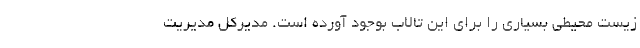
زیست محیطی بسیاری را برای این تالاب بوجود آورده است. مدیرکل مدیریت